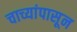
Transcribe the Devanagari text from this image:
चाच्यांपासून